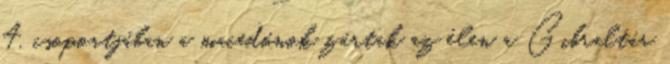
4. csoportjában a macedónok zártak az élen a Gibraltár